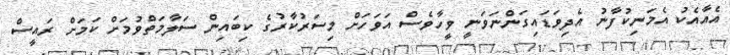
އެއާއެކު އެމަނިކުފާނު އެދިވަޑައިގަންނަވަނީ ވީހާވެސް އަވަހަށް މިސަރުކާރުގެ ކިބައިން ސަލާމަތްވުމަށް ކަމަށް ރައީސް